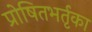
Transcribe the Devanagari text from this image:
प्रोषितभर्तृका